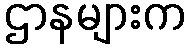
ဌာနများက